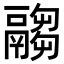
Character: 𩱈